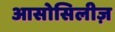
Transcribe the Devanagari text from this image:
आसोसिलीज़